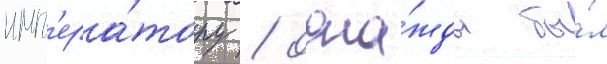
имп'ера́тору / одна́жды бы́л